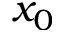
x _ { 0 }